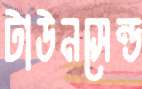
টাউনসেন্ড